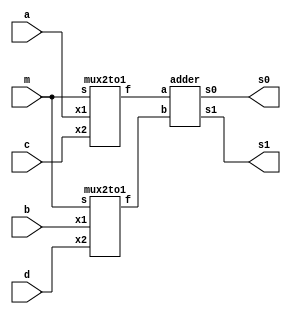
module shared (a, b, c, d, m, s1, s0);
	input a, b, c, d, m;
	output s1, s0;
	wire w1, w2;

	mux2to1 U1 (a, c, m, w1);
	mux2to1 U2 (b, d, m, w2);
	adder U3 (w1, w2, s1, s0);
endmodule

module mux2to1 (x1, x2, s, f);
	input x1, x2, s;
	output f;

	assign f = (~s & x1) | (s & x2);
endmodule

module adder (a, b, s1, s0);
	input a, b;
	output s1, s0;

	assign s1 = a & b;
	assign s0 = a ^ b;
endmodule